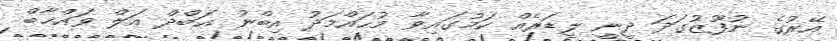
އޭރުގެ ނުފޫޒުގަދަ ދީނީ ލީޑަރެއް ކަމުގައިވާ މުޙައްމަދު އިބްނު ޢަބްދް އަލް ވައްޚާބް